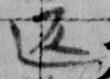
返